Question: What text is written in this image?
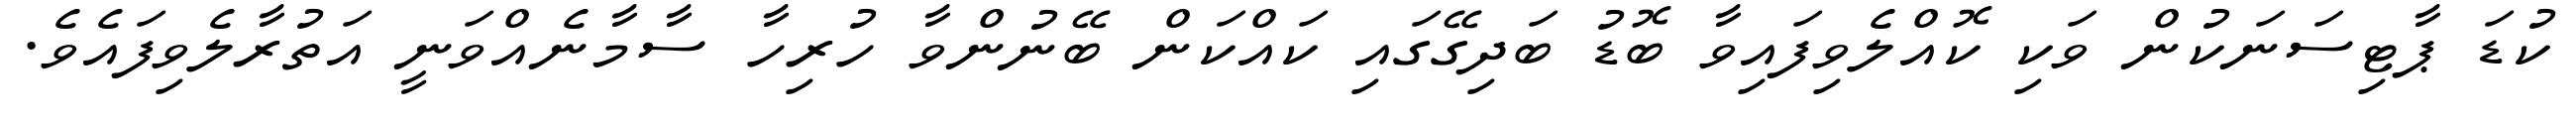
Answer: ކުޑަ ޕާޓިސަނަކުން ވަކި ކޮއްލެވިފައިވާ ބޮޑު ބަދިގޭގައި ކައްކަން ބޭނުންވާ ހުރިހާ ސާމާނެއްވަނީ އަތުރާލެވިފައެވެ.